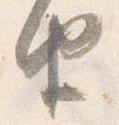
由